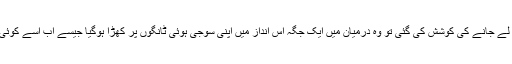
جب اس کو زبردستی دوسری طرف لے جانے کی کوشش کی گئی تو وہ درمیان میں ایک جگہ اس انداز میں اپنی سوجی ہوئی ٹانگوں پر کھڑا ہوگیا جیسے اب اسے کوئی طاقت وہاں سے نہیں ہلا سکے گی۔